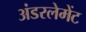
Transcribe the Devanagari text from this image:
अंडरलेमेंट